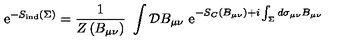
\mathrm { e } ^ { - S _ { \mathrm { i n d } } \left( \Sigma \right) } = { \frac { 1 } { Z \left( B _ { \mu \nu } \right) } } \ \int { \cal D } B _ { \mu \nu } \ \mathrm { e } ^ { - S _ { C } \left( B _ { \mu \nu } \right) + i \int _ { \Sigma } d \sigma _ { \mu \nu } B _ { \mu \nu } }